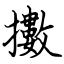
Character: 擻